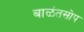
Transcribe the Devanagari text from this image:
बाळंतसोप